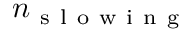
n _ { \mathrm { ~ s ~ l ~ o ~ w ~ i ~ n ~ g ~ } }